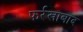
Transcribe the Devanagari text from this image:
फर्रखाबाद